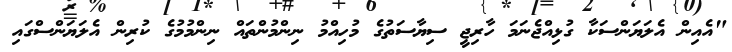
"އެއިން އެލަޔަންސަކާ ގުޅިއްޖެނަމަ ހާރިޖީ ސިޔާސަތުގެ މުހިއްމު ނިންމުންތައް ނިންމުމުގެ ކުރިން އެލަޔަންސްގައި